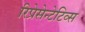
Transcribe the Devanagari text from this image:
रिप्रेसेन्टेटिव्स